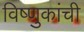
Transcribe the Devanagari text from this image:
विष्णुकांची